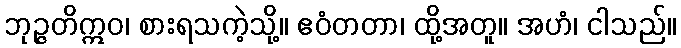
ဘုဉ္ဇတိဣဝ၊ စားရသကဲ့သို့။ ဧဝံတတာ၊ ထို့အတူ။ အဟံ၊ ငါသည်။